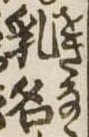
乳名